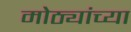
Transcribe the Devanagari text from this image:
मोठ्यांच्या